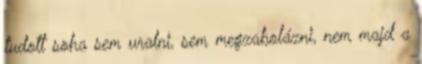
tudott soha sem uralni, sem megzabolázni, nem majd a